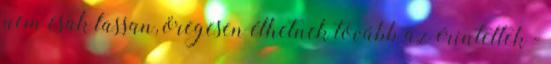
nem csak lassan, öregesen élhetnek tovább az érintettek -